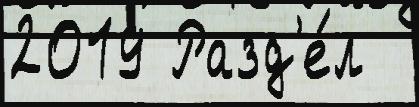
2019 Разд'е́л